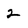
Character: 2